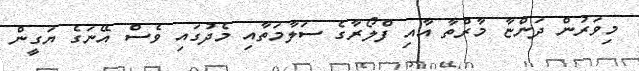
މިވަރުން ދަންޏާ މާރްތާ އާއި ފްލޯރާގެ ސަލާމަތާއި މެދުގައި ވެސް އޭނަގެ ޔަގީން